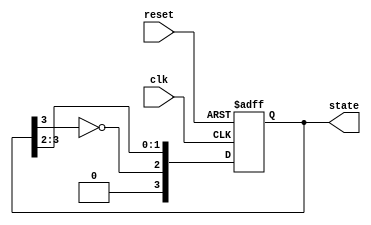
module johnson_counter #(
    parameter n = 4  // Number of flip-flops
)(
    input wire clk,      // Clock input
    input wire reset,    // Asynchronous reset
    output reg [n-1:0] state // Current state output
);

// State transition on rising edge of clock
always @(posedge clk or posedge reset) begin
    if (reset) begin
        state <= 0;  // Initialize state to 0 on reset
    end else begin
        // Johnson Counter logic
        state <= {~state[n-1], state[n-1:n-2]}; // Shift right & feed inverted last bit
    end
end

// Output generation
// For a Moore machine, outputs are determined by current state.
// In this case, we simply use the state directly as output.
wire [n-1:0] output_state;
assign output_state = state;

endmodule